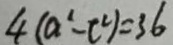
4 ( a ^ { 1 } - c ^ { 2 } ) = 3 6